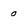
Character: o